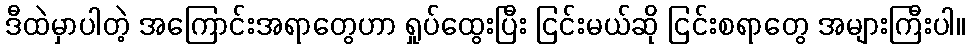
ဒီထဲမှာပါတဲ့ အကြောင်းအရာတွေဟာ ရှုပ်ထွေးပြီး ငြင်းမယ်ဆို ငြင်းစရာတွေ အများကြီးပါ။